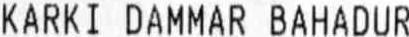
KARKI DAMMAR BAHADUR